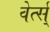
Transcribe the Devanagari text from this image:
वेर्त्स्